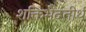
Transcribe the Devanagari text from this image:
शक्तिभेदतीर्थ